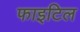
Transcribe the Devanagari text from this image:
फाइटिल